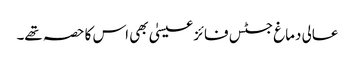
عالی دماغ جسٹس فائز عیسیٰ بھی اس کا حصہ تھے۔